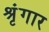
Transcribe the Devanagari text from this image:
श्रृंंगार